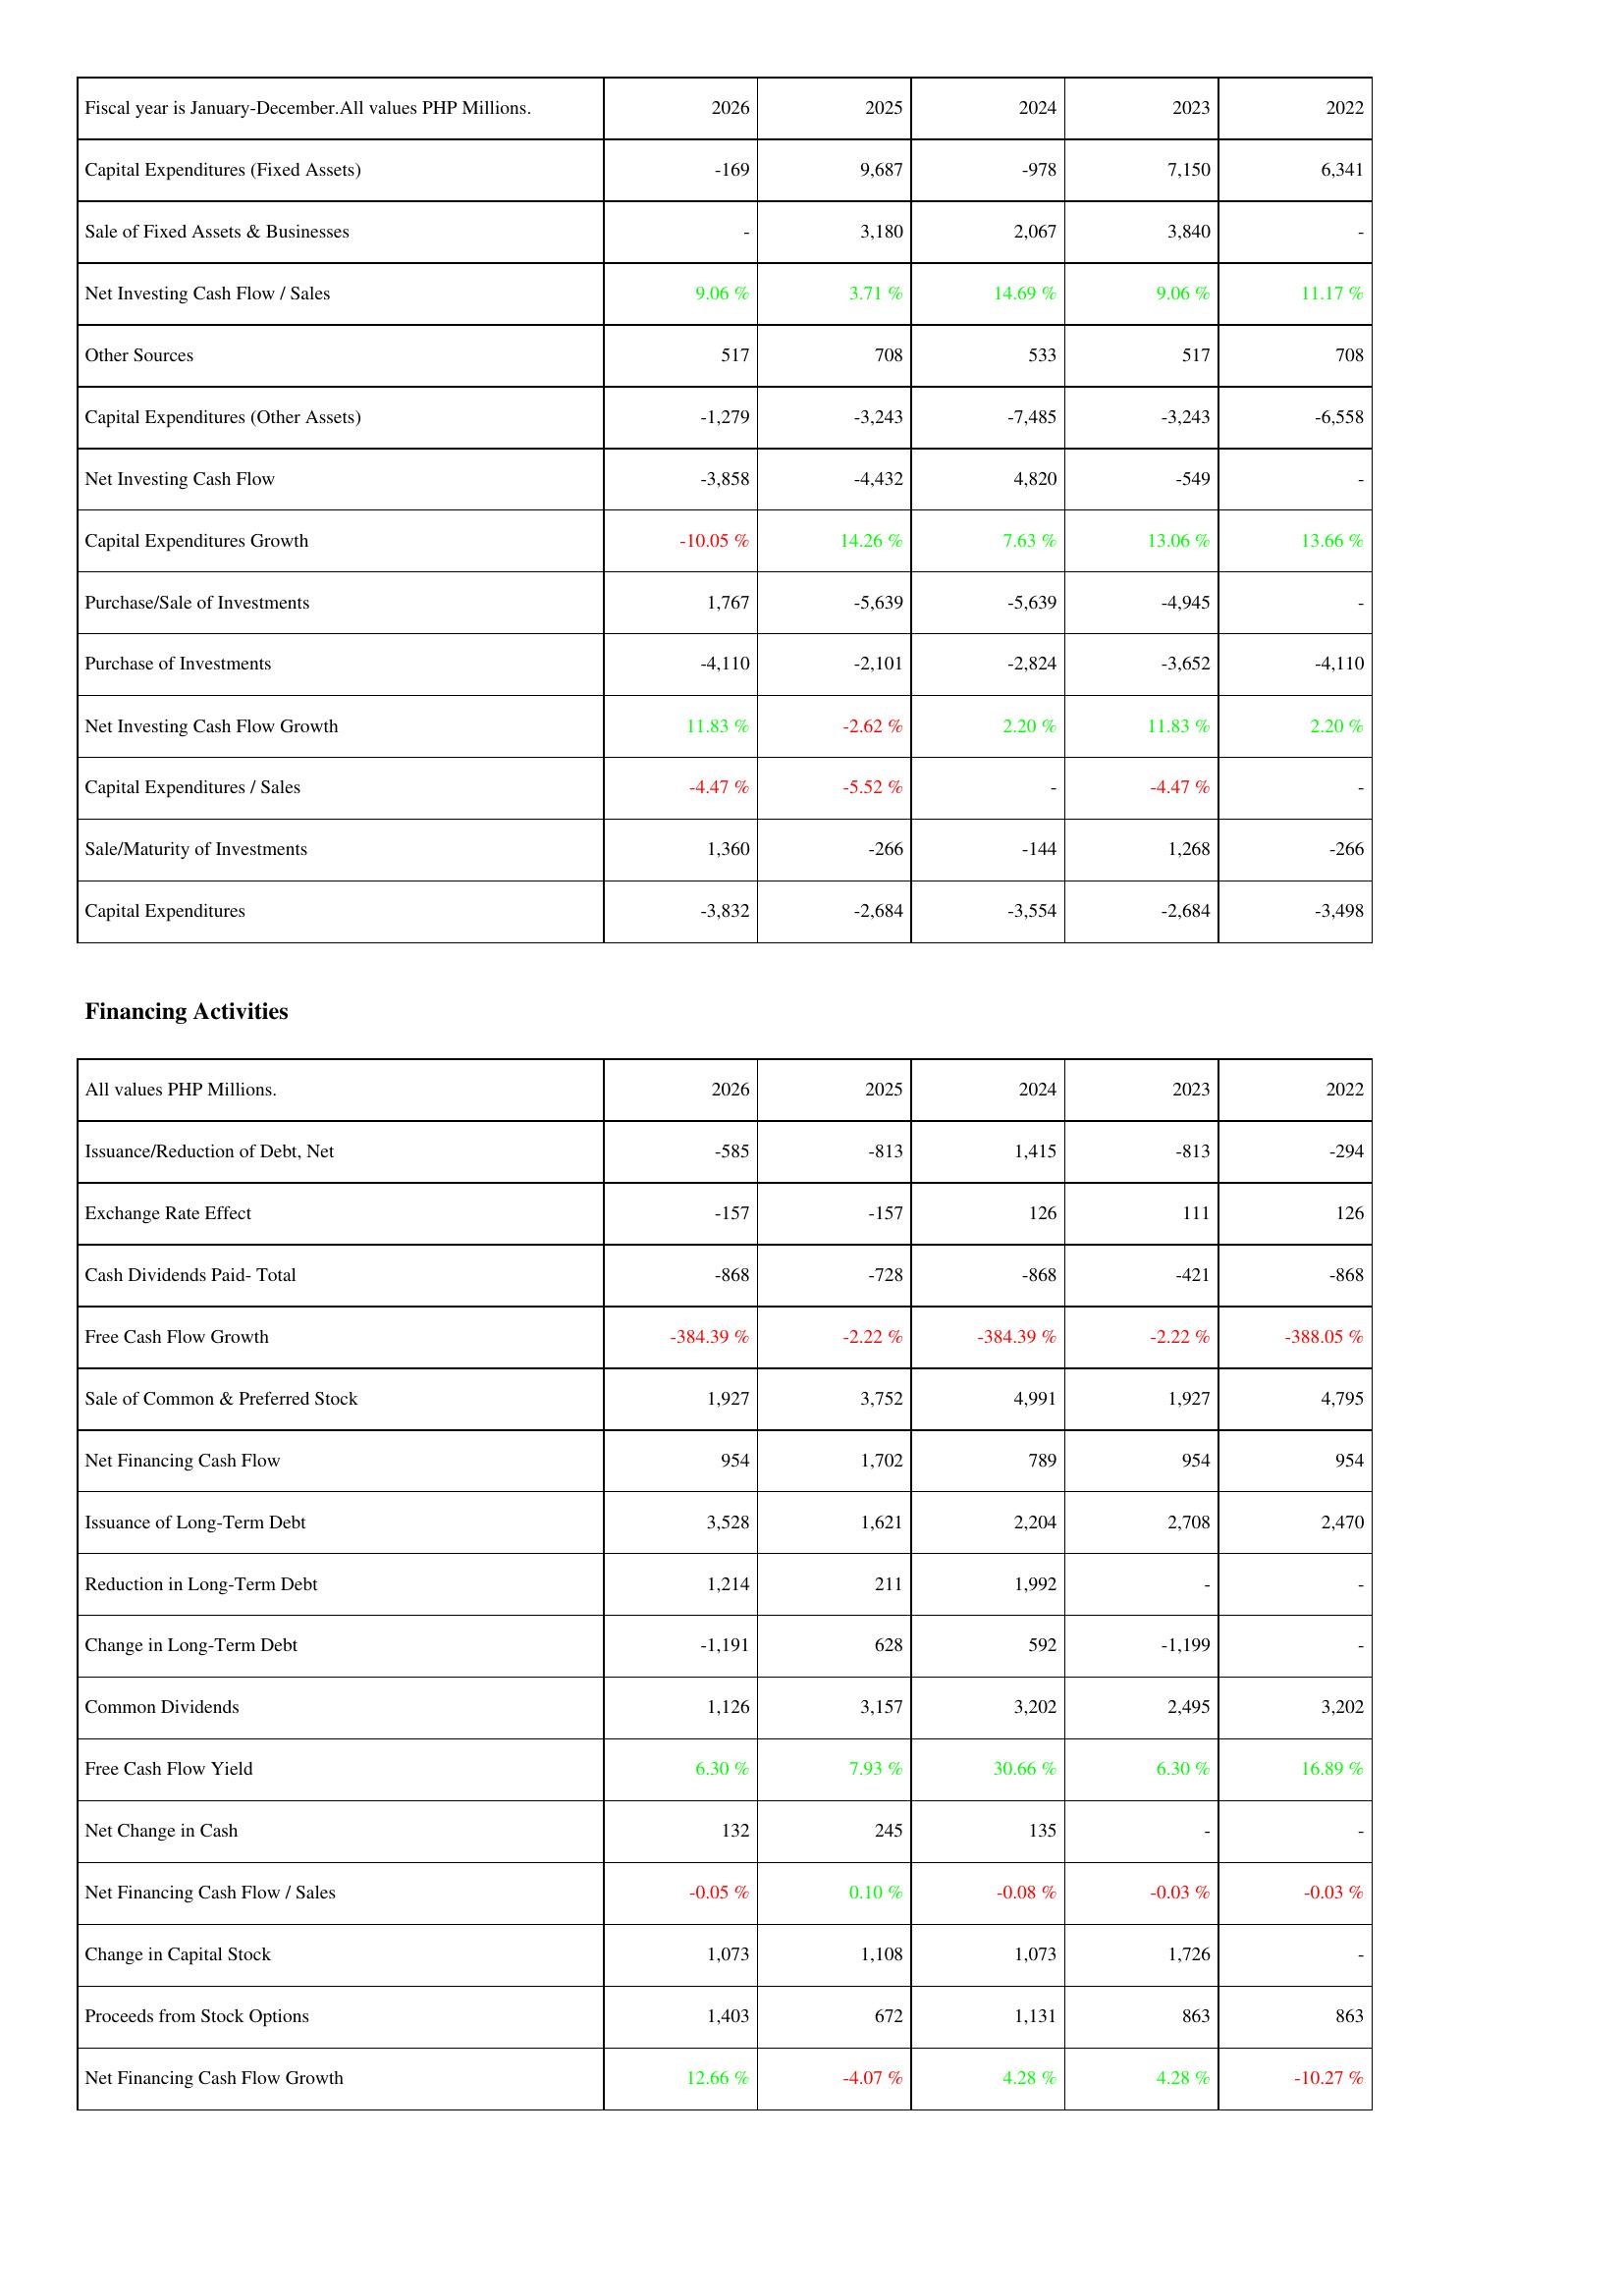
2026: Investing Activities: Capital Expenditures (Fixed Assets): -169
Sale of Fixed Assets & Businesses: -
Net Investing Cash Flow / Sales: 9.06 %
Other Sources: 517
Capital Expenditures (Other Assets): -1,279
Net Investing Cash Flow: -3,858
Capital Expenditures Growth: -10.05 %
Purchase/Sale of Investments: 1,767
Purchase of Investments: -4,110
Net Investing Cash Flow Growth: 11.83 %
Capital Expenditures / Sales: -4.47 %
Sale/Maturity of Investments: 1,360
Capital Expenditures: -3,832
Financing Activities: Issuance/Reduction of Debt, Net: -585
Exchange Rate Effect: -157
Cash Dividends Paid- Total: -868
Free Cash Flow Growth: -384.39 %
Sale of Common & Preferred Stock: 1,927
Net Financing Cash Flow: 954
Issuance of Long-Term Debt: 3,528
Reduction in Long-Term Debt: 1,214
Change in Long-Term Debt: -1,191
Common Dividends: 1,126
Free Cash Flow Yield: 6.30 %
Net Change in Cash: 132
Net Financing Cash Flow / Sales: -0.05 %
Change in Capital Stock: 1,073
Proceeds from Stock Options: 1,403
Net Financing Cash Flow Growth: 12.66 %
2025: Investing Activities: Capital Expenditures (Fixed Assets): 9,687
Sale of Fixed Assets & Businesses: 3,180
Net Investing Cash Flow / Sales: 3.71 %
Other Sources: 708
Capital Expenditures (Other Assets): -3,243
Net Investing Cash Flow: -4,432
Capital Expenditures Growth: 14.26 %
Purchase/Sale of Investments: -5,639
Purchase of Investments: -2,101
Net Investing Cash Flow Growth: -2.62 %
Capital Expenditures / Sales: -5.52 %
Sale/Maturity of Investments: -266
Capital Expenditures: -2,684
Financing Activities: Issuance/Reduction of Debt, Net: -813
Exchange Rate Effect: -157
Cash Dividends Paid- Total: -728
Free Cash Flow Growth: -2.22 %
Sale of Common & Preferred Stock: 3,752
Net Financing Cash Flow: 1,702
Issuance of Long-Term Debt: 1,621
Reduction in Long-Term Debt: 211
Change in Long-Term Debt: 628
Common Dividends: 3,157
Free Cash Flow Yield: 7.93 %
Net Change in Cash: 245
Net Financing Cash Flow / Sales: 0.10 %
Change in Capital Stock: 1,108
Proceeds from Stock Options: 672
Net Financing Cash Flow Growth: -4.07 %
2024: Investing Activities: Capital Expenditures (Fixed Assets): -978
Sale of Fixed Assets & Businesses: 2,067
Net Investing Cash Flow / Sales: 14.69 %
Other Sources: 533
Capital Expenditures (Other Assets): -7,485
Net Investing Cash Flow: 4,820
Capital Expenditures Growth: 7.63 %
Purchase/Sale of Investments: -5,639
Purchase of Investments: -2,824
Net Investing Cash Flow Growth: 2.20 %
Capital Expenditures / Sales: -
Sale/Maturity of Investments: -144
Capital Expenditures: -3,554
Financing Activities: Issuance/Reduction of Debt, Net: 1,415
Exchange Rate Effect: 126
Cash Dividends Paid- Total: -868
Free Cash Flow Growth: -384.39 %
Sale of Common & Preferred Stock: 4,991
Net Financing Cash Flow: 789
Issuance of Long-Term Debt: 2,204
Reduction in Long-Term Debt: 1,992
Change in Long-Term Debt: 592
Common Dividends: 3,202
Free Cash Flow Yield: 30.66 %
Net Change in Cash: 135
Net Financing Cash Flow / Sales: -0.08 %
Change in Capital Stock: 1,073
Proceeds from Stock Options: 1,131
Net Financing Cash Flow Growth: 4.28 %
2023: Investing Activities: Capital Expenditures (Fixed Assets): 7,150
Sale of Fixed Assets & Businesses: 3,840
Net Investing Cash Flow / Sales: 9.06 %
Other Sources: 517
Capital Expenditures (Other Assets): -3,243
Net Investing Cash Flow: -549
Capital Expenditures Growth: 13.06 %
Purchase/Sale of Investments: -4,945
Purchase of Investments: -3,652
Net Investing Cash Flow Growth: 11.83 %
Capital Expenditures / Sales: -4.47 %
Sale/Maturity of Investments: 1,268
Capital Expenditures: -2,684
Financing Activities: Issuance/Reduction of Debt, Net: -813
Exchange Rate Effect: 111
Cash Dividends Paid- Total: -421
Free Cash Flow Growth: -2.22 %
Sale of Common & Preferred Stock: 1,927
Net Financing Cash Flow: 954
Issuance of Long-Term Debt: 2,708
Reduction in Long-Term Debt: -
Change in Long-Term Debt: -1,199
Common Dividends: 2,495
Free Cash Flow Yield: 6.30 %
Net Change in Cash: -
Net Financing Cash Flow / Sales: -0.03 %
Change in Capital Stock: 1,726
Proceeds from Stock Options: 863
Net Financing Cash Flow Growth: 4.28 %
2022: Investing Activities: Capital Expenditures (Fixed Assets): 6,341
Sale of Fixed Assets & Businesses: -
Net Investing Cash Flow / Sales: 11.17 %
Other Sources: 708
Capital Expenditures (Other Assets): -6,558
Net Investing Cash Flow: -
Capital Expenditures Growth: 13.66 %
Purchase/Sale of Investments: -
Purchase of Investments: -4,110
Net Investing Cash Flow Growth: 2.20 %
Capital Expenditures / Sales: -
Sale/Maturity of Investments: -266
Capital Expenditures: -3,498
Financing Activities: Issuance/Reduction of Debt, Net: -294
Exchange Rate Effect: 126
Cash Dividends Paid- Total: -868
Free Cash Flow Growth: -388.05 %
Sale of Common & Preferred Stock: 4,795
Net Financing Cash Flow: 954
Issuance of Long-Term Debt: 2,470
Reduction in Long-Term Debt: -
Change in Long-Term Debt: -
Common Dividends: 3,202
Free Cash Flow Yield: 16.89 %
Net Change in Cash: -
Net Financing Cash Flow / Sales: -0.03 %
Change in Capital Stock: -
Proceeds from Stock Options: 863
Net Financing Cash Flow Growth: -10.27 %